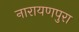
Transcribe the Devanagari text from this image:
नारायणपुरा